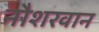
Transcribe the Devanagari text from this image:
नौशरवान